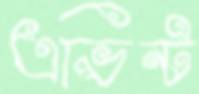
এভিন্ট